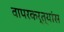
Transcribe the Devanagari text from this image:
वापरकर्त्यांस